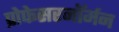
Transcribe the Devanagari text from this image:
प्रोफेसरनॉर्मन